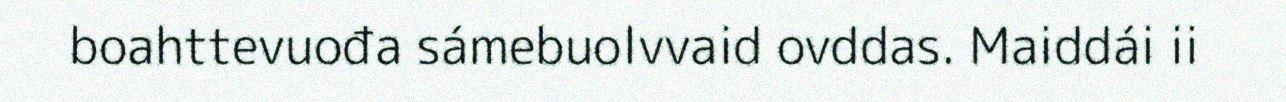
boahttevuođa sámebuolvvaid ovddas. Maiddái ii